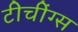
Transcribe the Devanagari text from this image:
टीचींग्स